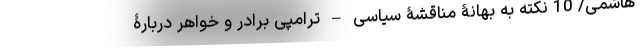
هاشمی/ 10 نکته به بهانۀ مناقشۀ سیاسی – ترامپی برادر و خواهر دربارۀ